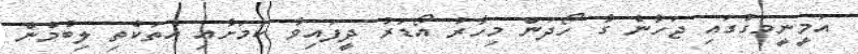
އަމީނީމަގުގައި ޖަހާނެ ގާ ހޯދަން މިހާރު އޯޑަރު ދީފައިވާ ކަމަށާއި އެތަކެތި ލިބުމުން